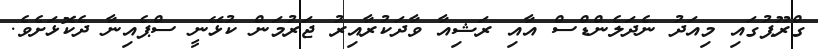
ގްރޫޕުގައި މިއަދު ނެދަލެންޑްސް އާއި ރަޝިއާ ވާދަކުރާއިރު ޖަރުމަން ކުޅޭނީ ސްޕެއިނާ ދެކޮޅަށެވެ.